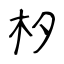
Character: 𣏐